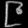
Digit: ၉